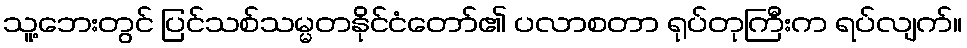
သူ့ဘေးတွင် ပြင်သစ်သမ္မတနိုင်ငံတော်၏ ပလာစတာ ရုပ်တုကြီးက ရပ်လျက်။